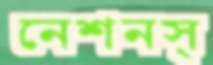
নেশনস্